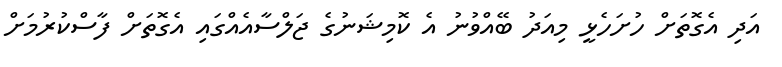
އަދި އެގޮތަށް ހުށަހެޅީ މިއަދު ބޭއްވުނު އެ ކޮމިޝަނުގެ ޖަލްސާއެއްގައި އެގޮތަށް ފާސްކުރުމަށް